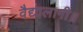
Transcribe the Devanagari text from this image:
वैद्यालागी॥